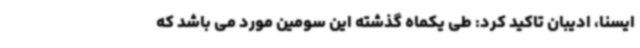
ایسنا، ادیبان تاکید کرد: طی یکماه گذشته این سومین مورد می باشد که